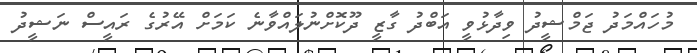
މުހައްމަދު ޖަމްޝީދު ވިދާޅުވީ އަބްދު ގާޒީ ދޫކޮށްނުލައްވާނެ ކަމަށް އޭރުގެ ރައީސް ނަޝީދު